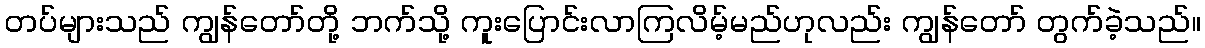
တပ်များသည် ကျွန်တော်တို့ ဘက်သို့ ကူးပြောင်းလာကြလိမ့်မည်ဟုလည်း ကျွန်တော် တွက်ခဲ့သည်။